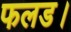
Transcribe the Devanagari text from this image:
फलड।